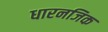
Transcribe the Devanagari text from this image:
धारनजिक